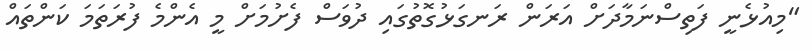
"މިއުޅެނީ ފަތިސްނަމާދަށް އަރަން ރަނގަޅުގޮތުގައި ދުވަސް ފެށުމަށް މީ އެންމެ ފުރަތަމަ ކަންތައް